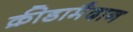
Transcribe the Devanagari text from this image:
क्रीडामैदान